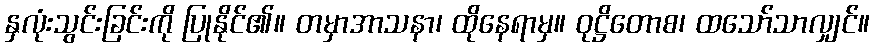
နှလုံးသွင်းခြင်းကို ပြုနိုင်၏။ တမှာအာသနာ၊ ထိုနေရာမှ။ ဝုဋ္ဌိတောစ၊ ထသော်သာလျှင်။